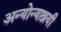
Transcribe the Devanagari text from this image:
अन्योन्याश्रयी